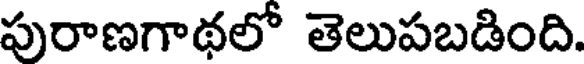
పురాణగాథలో తెలుపబడింది.